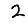
Digit: 2